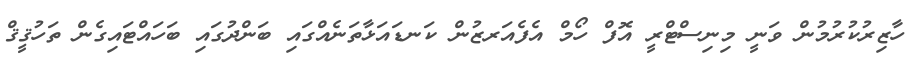
ހާޒިރުކުރުމުން ވަނީ މިނިސްޓްރީ އޮފް ހޯމް އެފެއަރޒުން ކަނޑައަޅާތަނެއްގައި ބަންދުގައި ބަހައްޓައިގެން ތަހުޤީޤް